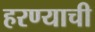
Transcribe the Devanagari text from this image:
हरण्याची